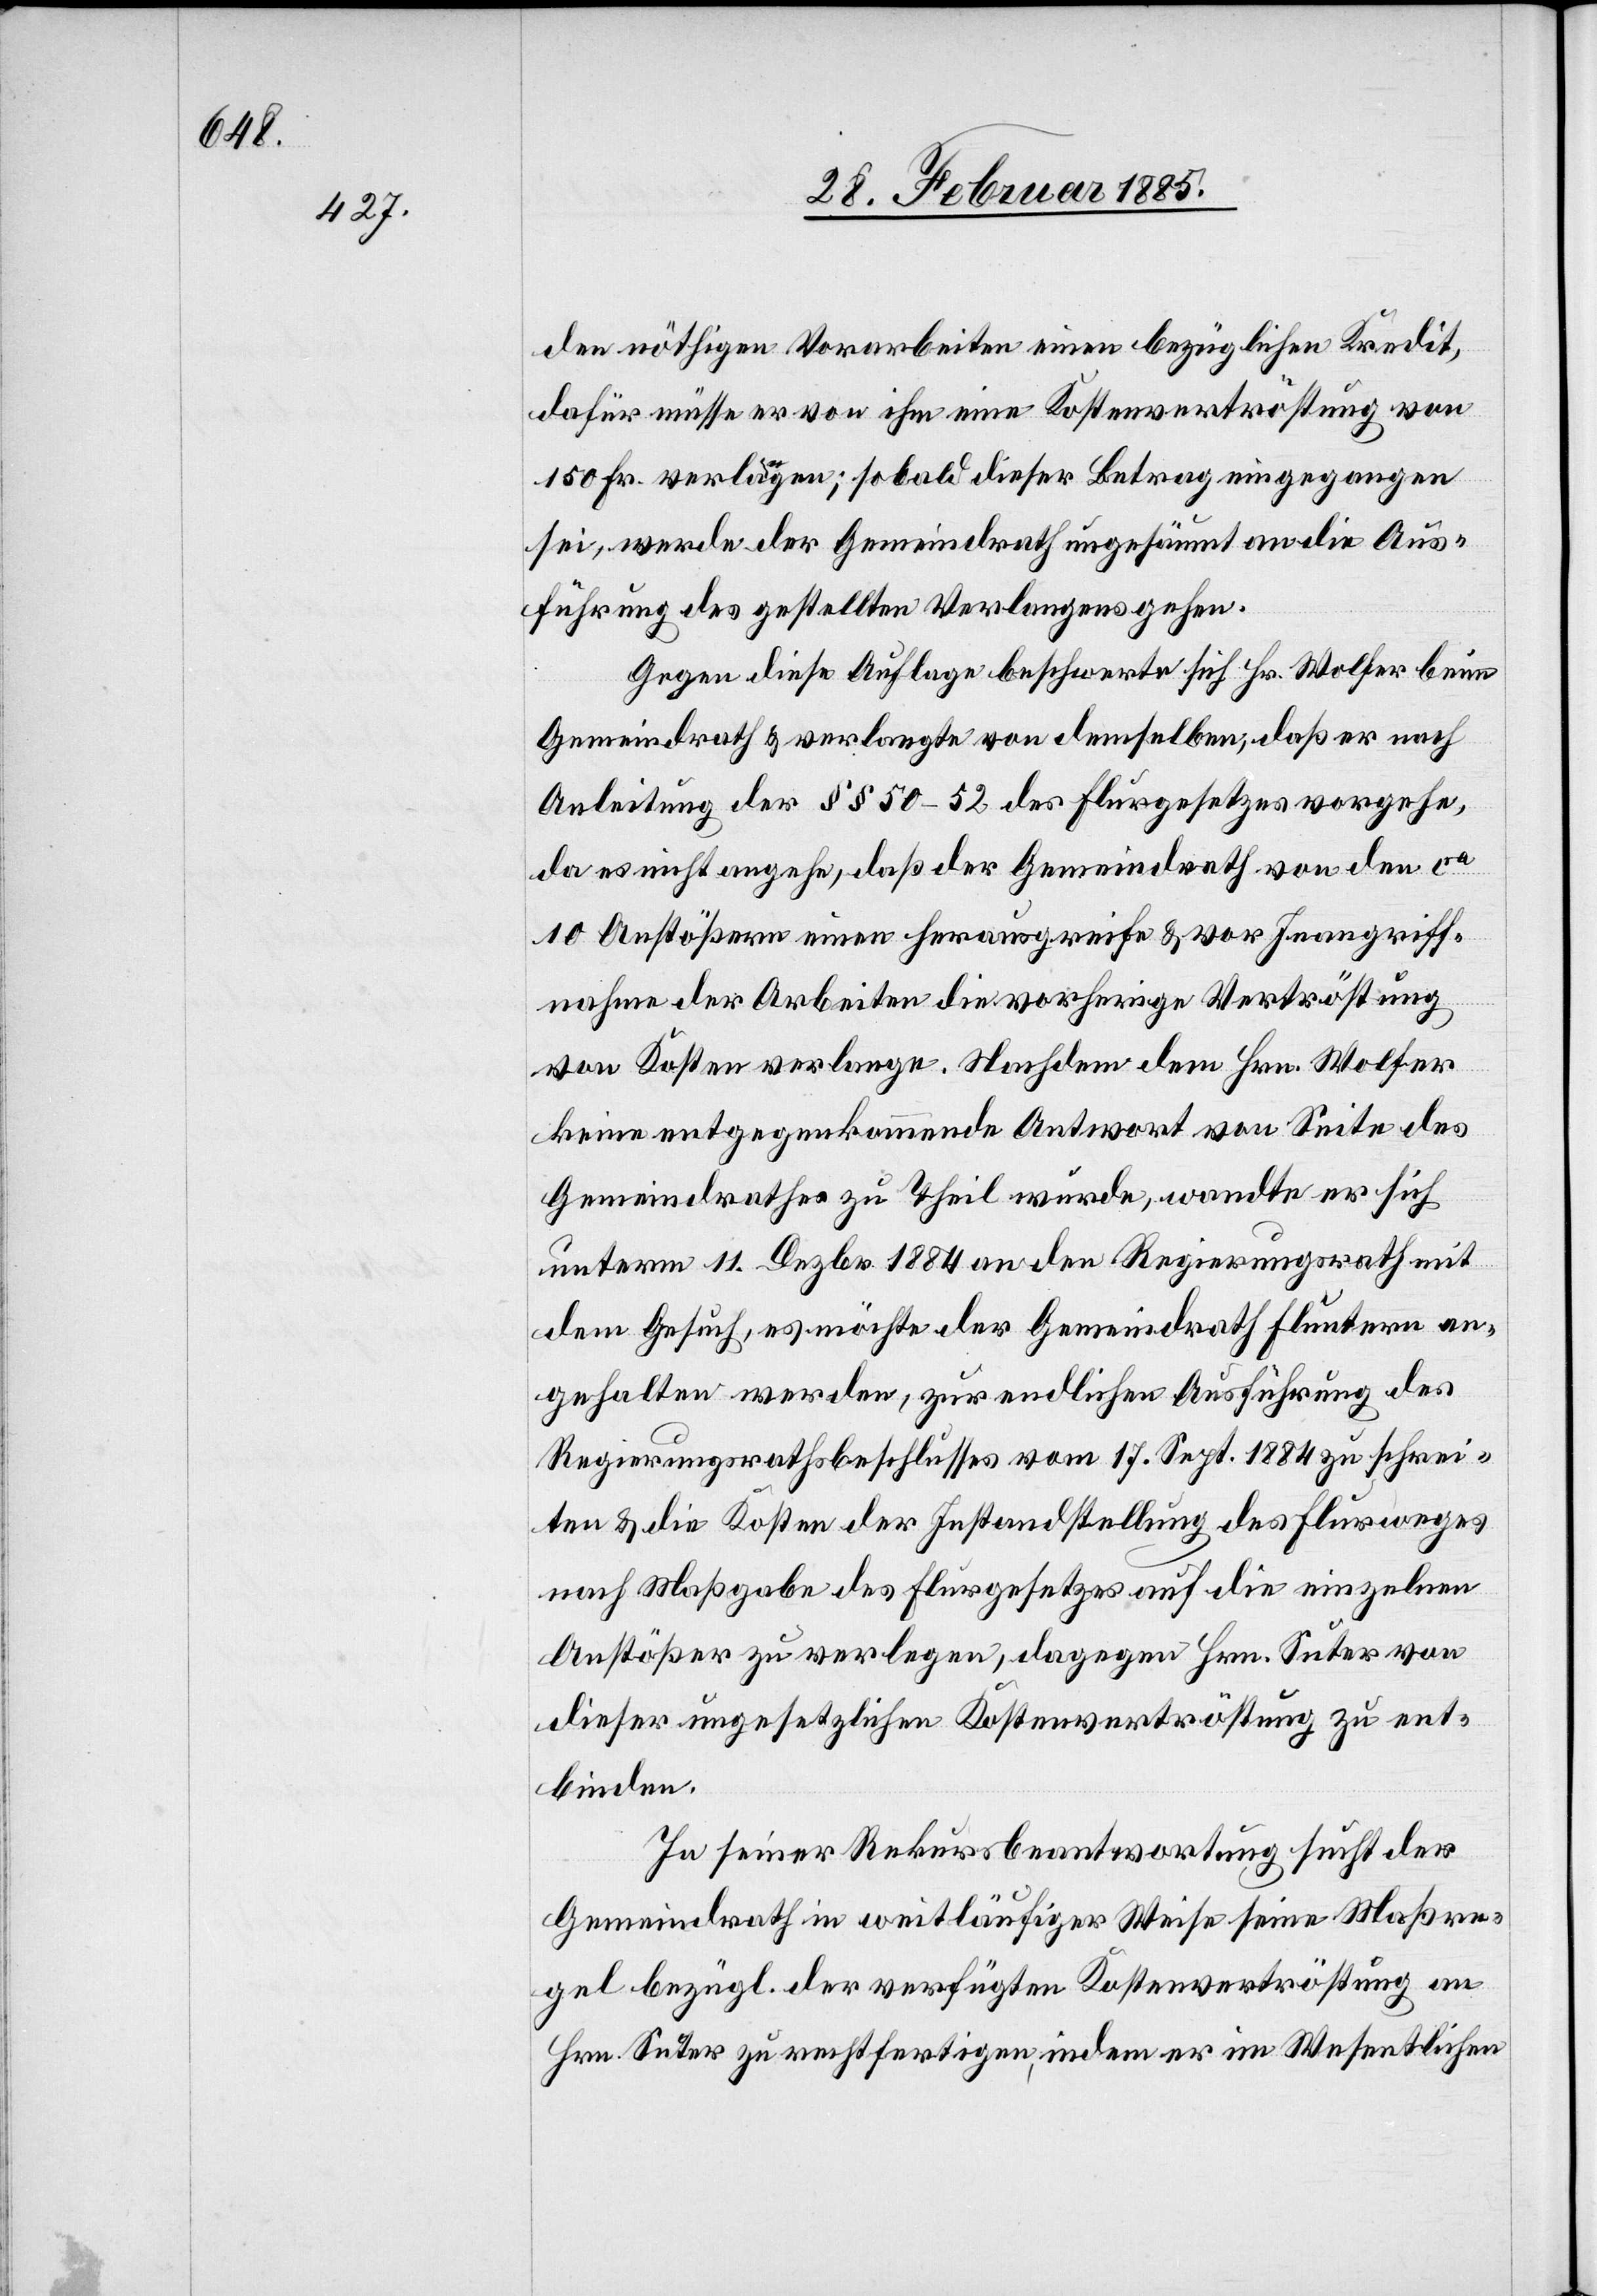
den nöthigen Vorarbeiten einen bezüglichen Kredit,
dafür müsse er von ihm eine Kostenvertröstung von
150 Fr. verlangen; sobald dieser Betrag eingegangen
sei, werde der Gemeindrath ungesäumt an die Aus¬
führung des gestellten Verlangens gehen.
Gegen diese Auflage beschwerte sich Hr. Wolfer beim
Gemeindrath & verlangte von demselben, daß er nach
Anleitung der §§ 50–52 des Flurgesetzes vorgehe,
da es nicht angehe, daß der Gemeindrath von den ca
10 Anstößern einen herausgreife & vor Inangriff¬
nahme der Arbeiten die vorherige Vertröstung
von Kosten verlange. Nachdem dem Hrn. Wolfer
keine entgegenkommende Antwort von Seite des
Gemeindrathes zu Theil wurde, wandte er sich
unterm 11. Dezbr. 1884 an den Regierungsrath mit
dem Gesuch, es möchte der Gemeindrath Fluntern an¬
gehalten werden, zu endlichen Ausführung des
Regierungsrathsbeschlusses vom 17. Sept. 1884 zu schrei¬
ten & die Kosten der Instandstellung des Flurweges
nach Maßgabe des Flurgesetzes auf die einzelnen
Anstößer zu verlegen, dagegen Hrn. Suter von
dieser ungesetzlichen Kostenvertröstung zu ent¬
binden.
In seiner Rekursbeantwortung sucht der
Gemeindrath in weitläufiger Weise seine Maßre¬
gel bezügl. der verfügten Kostenvertröstung an
Hrn. Suter zu rechtfertigen, indem er im Wesentlichen